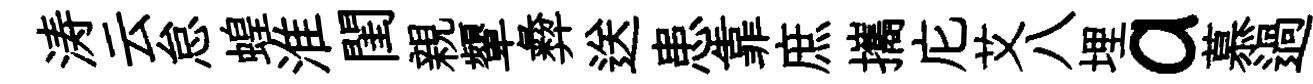
涛云怠蝗淮閨親顰彜送患靠庶攜庀艾八埋a慕過